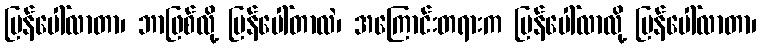
ပြန်ပေါ်လာတာ၊ ဘာဖြစ်လို့ ပြန်ပေါ်တာလဲ၊ အကြောင်းတရားက ပြန်ပေါ်လာလို့ ပြန်ပေါ်လာတာ၊